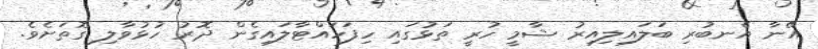
އޭނާ އެނބުރި ބަލައިލިއިރު ޝާމީ ހުރީ ތަޅުގައި ހިފަހައްޓާލައިގެން ދޮރު ހުޅުވާލި ގޮތަށެވެ.